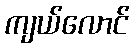
ကျယ်လောင်